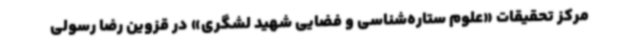
مرکز تحقیقات «علوم ستاره‌شناسی و فضایی شهید لشگری» در قزوین رضا رسولی